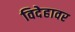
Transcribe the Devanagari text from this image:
विदेहावर